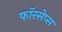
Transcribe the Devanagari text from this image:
फॉरसेप्स